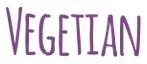
VEGETIAN